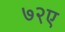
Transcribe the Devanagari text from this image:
७२ए